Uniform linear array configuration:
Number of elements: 8
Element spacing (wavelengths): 0.5
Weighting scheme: uniform
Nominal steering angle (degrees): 30
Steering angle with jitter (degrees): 28.287
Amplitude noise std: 0.05
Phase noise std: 0.05

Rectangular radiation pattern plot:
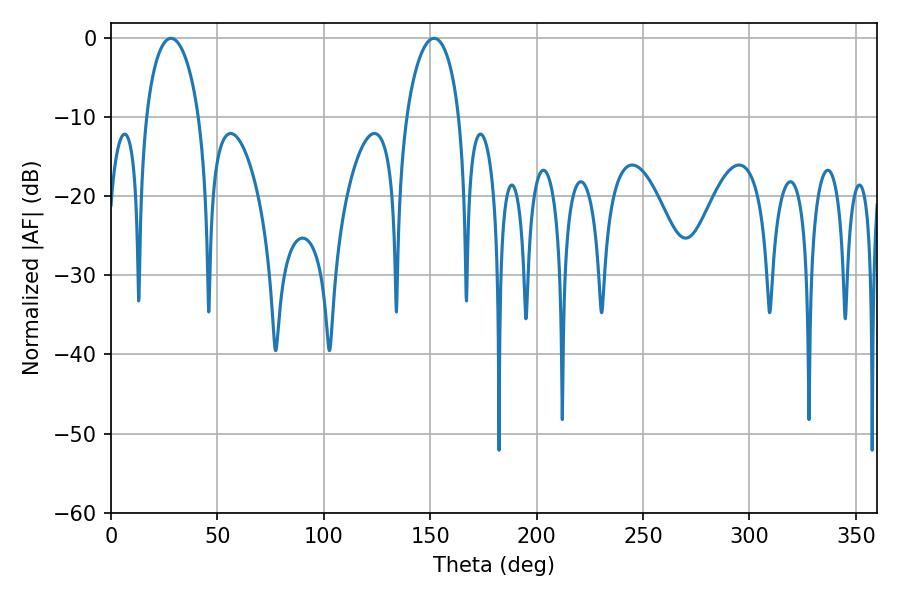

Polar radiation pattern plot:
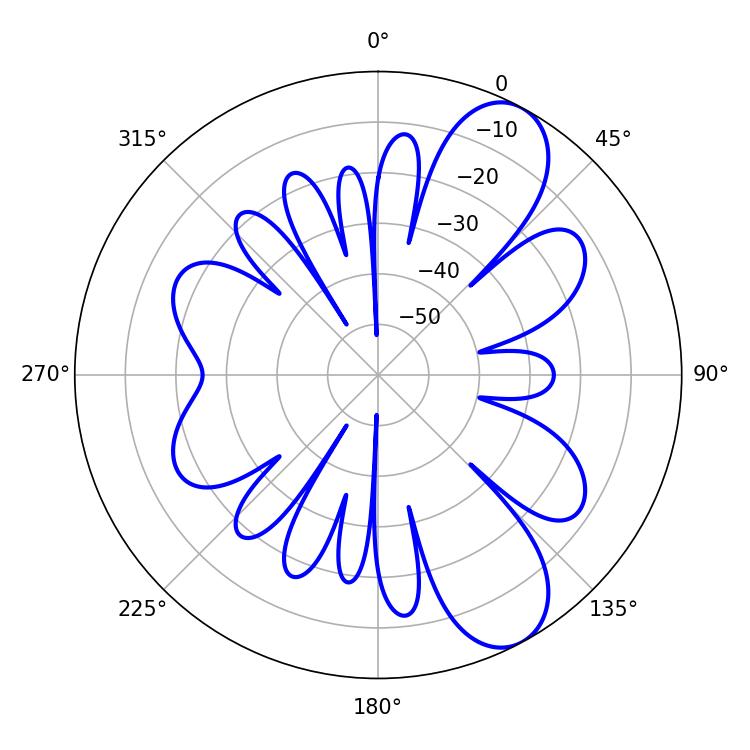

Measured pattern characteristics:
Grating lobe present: FALSE
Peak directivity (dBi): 8.994
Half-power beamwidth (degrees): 14.4
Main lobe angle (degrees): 28.26